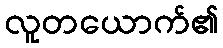
လူတယောက်၏